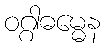
ဝဂ္ဂါဓမ္မေန